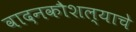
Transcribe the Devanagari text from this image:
वादनकौशल्याचे